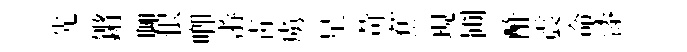
先鏘聊恨唧㳺青虜星苛蕉現圃酢震命漆